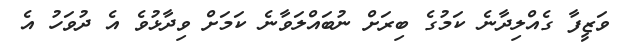
ވަޒީފާ ގެއްލިދާނެ ކަމުގެ ބިރަށް ނުބައްލަވާނެ ކަމަށް ވިދާޅުވެ އެ ދުވަހު އެ